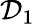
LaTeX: \mathcal{D}_{1}